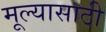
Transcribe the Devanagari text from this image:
मूल्यासाठी